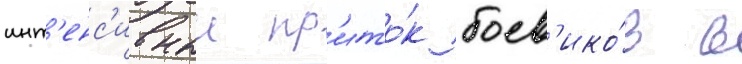
инт'енс'ивныи пр'ито́к боев'ико́в в